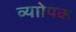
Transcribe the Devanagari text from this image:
व्याोपक